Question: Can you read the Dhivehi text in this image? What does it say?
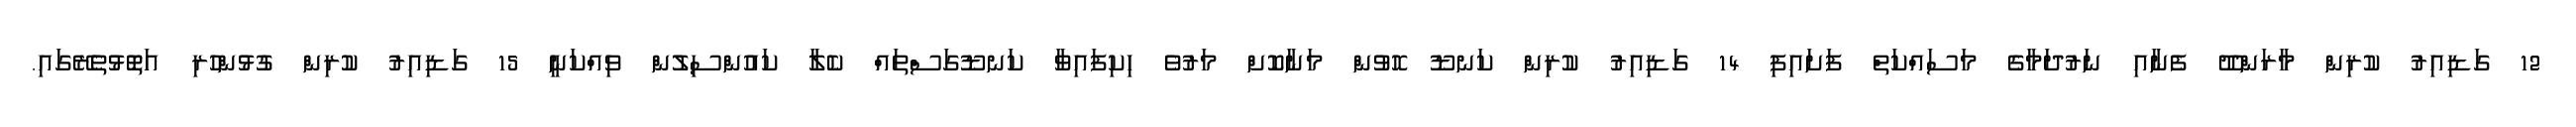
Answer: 12 ގަޑިއިރު ކުރިން މާރަންދޫ ފެނާއި ނަރުދަމާގެ މަސައްކަތް ފަށައިފި 14 ގަޑިއިރު ކުރިން ކަނޑޫ ހޮވުން މަނާކޮށް މަރުވެ ހިކިފައިވާ ކަނޑޫގަސްތައް ކެލާ ކައުންސިލުން ވިއްކަނީ 15 ގަޑިއިރު ކުރިން ގުޅުންހުރި އަތޮޅުތެރޭގައި.